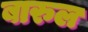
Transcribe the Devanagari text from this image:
बारुल